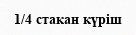
1/4 стакан күріш